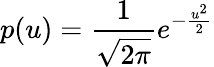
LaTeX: p(u)={\frac{1}{\sqrt{2\pi}}}e^{-{\frac{u^{2}}{2}}}